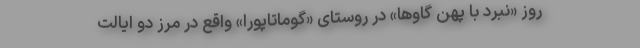
روز «نبرد با پِهِن گاو‌ها» در روستای «گوماتاپورا» واقع در مرز دو ایالت